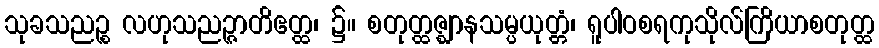
သုခသညဉ္စ လဟုသညဉ္ဇာတိဧတ္ထ၊ ၌။ စတုတ္ထဇ္ဈာနသမ္ပယုတ္တံ၊ ရူပါဝစရကုသိုလ်ကြိယာစတုတ္ထ